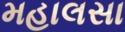
મહાલસા